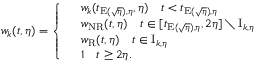
w _ { k } ( t , \eta ) = \left\{ \begin{array} { r l } & { w _ { k } ( t _ { \mathrm { E } ( \sqrt { \eta } ) , \eta } , \eta ) \quad t < t _ { \mathrm { E } ( \sqrt { \eta } ) , \eta } } \\ & { w _ { \mathrm { N R } } ( t , \eta ) \quad t \in [ t _ { \mathrm { E } ( \sqrt { \eta } ) , \eta } , 2 \eta ] \setminus \mathrm { I } _ { k , \eta } } \\ & { w _ { \mathrm { R } } ( t , \eta ) \quad t \in \mathrm { I } _ { k , \eta } } \\ & { 1 \quad t \geq 2 \eta . } \end{array} \right.